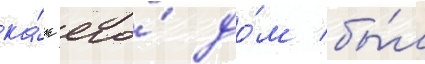
ка́к его́ до́м бы́л